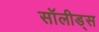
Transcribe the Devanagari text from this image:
सॉलीड्स